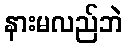
နားမလည်ဘဲ